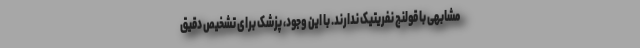
مشابهی با قولنج نفریتیک ندارند. با این وجود، پزشک برای تشخیص دقیق